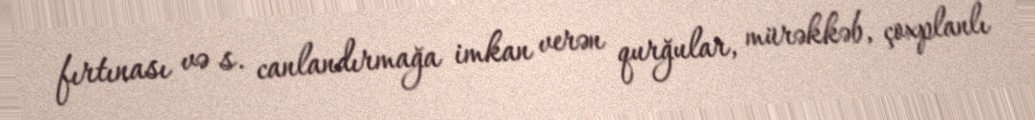
fırtınası və s. canlandırmağa imkan verən qurğular, mürəkkəb, çoxplanlı